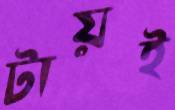
টায়ই